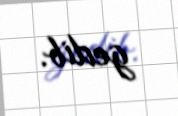
gedib.